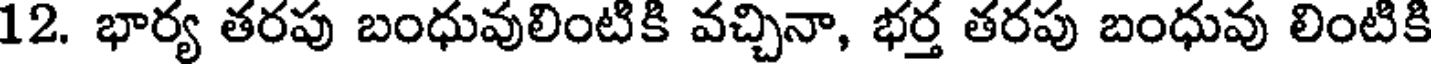
12. భార్య తరపు బంధువులింటికి వచ్చినా, భర్త తరపు బంధువు లింటికి